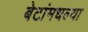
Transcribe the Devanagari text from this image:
बेटांमधल्या